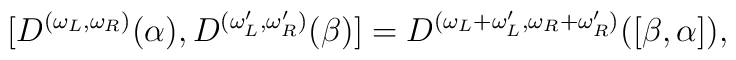
[D^{(\omega_L,\omega_R)}(\alpha),D^{(\omega_L',\omega_R')}(\beta)]=D^{(\omega_L+\omega_L',\omega_R+\omega_R')}([\beta,\alpha]),